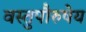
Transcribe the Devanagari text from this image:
वस्तुपौरुषेय